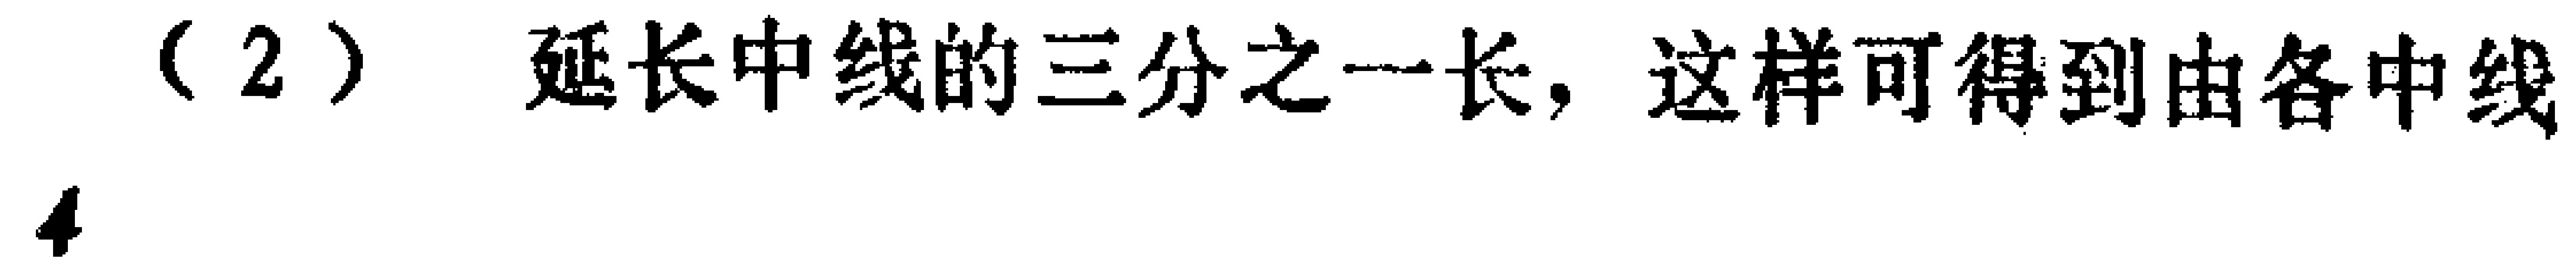
（2）延长中线的三分之一长，这样可得到由各中线